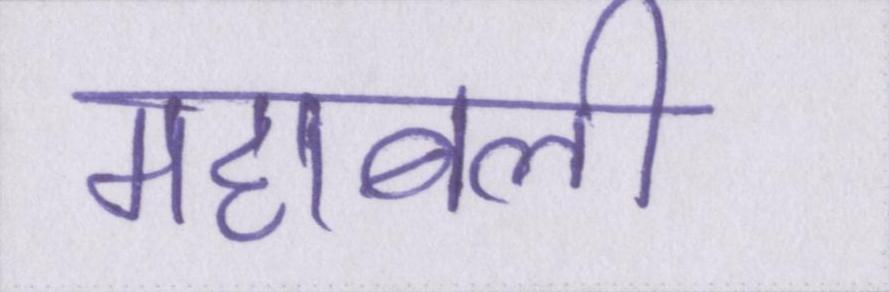
महाबली